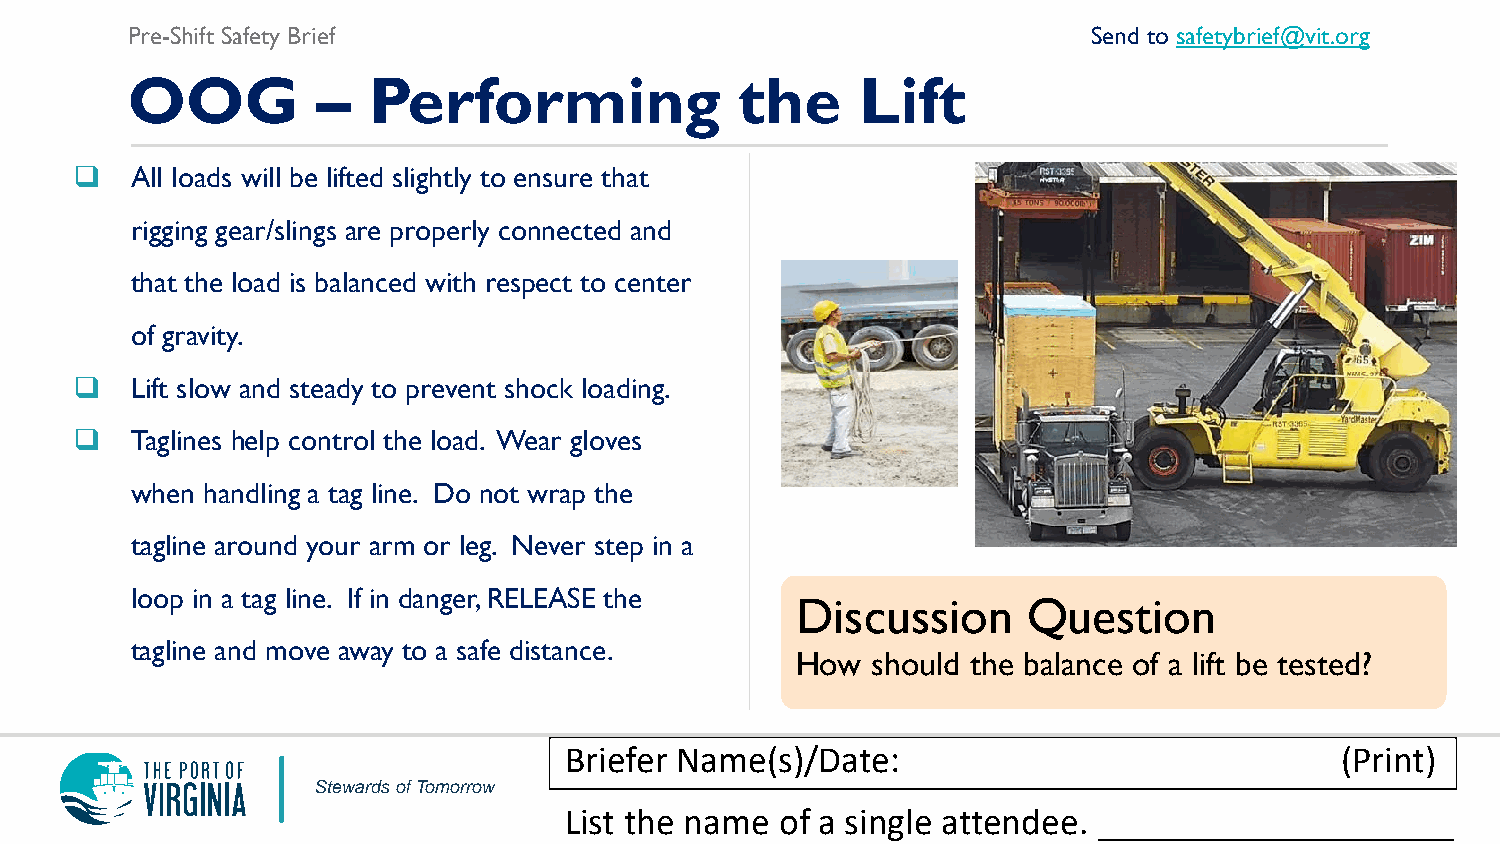
Pre-Shift Safety Brief                                          Send to safetybrief@vit.org
 OOG          –  Performing               the     Lift
    All loads will be lifted slightly to ensure that
 rigging gear/slings are properly connected and
 that the load is balanced with respect to center
 of gravity.
    Lift slow and steady to prevent shock loading.
    Taglines help control the load. Wear gloves
 when handling a tag line. Do not wrap the
 tagline around your arm or leg. Never step in a
 loop in a tag line. If in danger, RELEASE the
 Discussion     Question
 tagline and move away to a safe distance.
 How  should the balance of a lift be tested?
 Briefer Name(s)/Date:                               (Print)
 Stewards of Tomorrow
 List the name  of a single attendee. ___________________